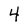
Character: 4